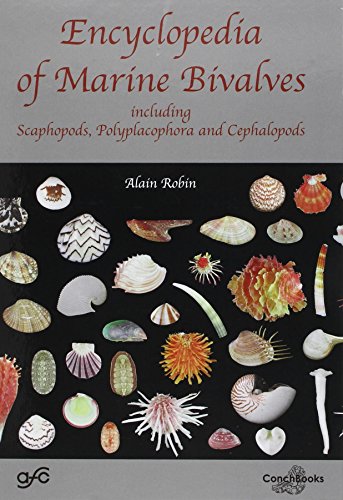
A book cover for Encyclopedia of Marine Bivalves, Including Scaphopods, Polyplacophora and Cephalopods; A. Robin; Reference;